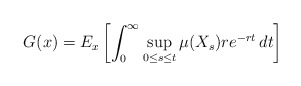
\begin{align*}G(x)=E_x\left[\int_0^{\infty}\sup_{0\leq s \leq t}\mu(X_s) re^{-rt}\,dt \right] \end{align*}